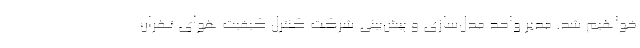
خواهیم شد. مدیر واحد مدل‌سازی و پیش‌بینی شرکت کنترل کیفیت هوای تهران